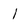
Character: l